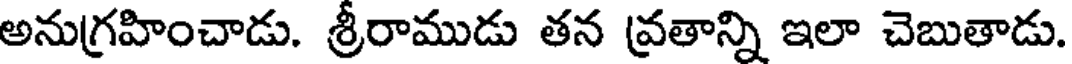
అనుగ్రహించాడు. శ్రీరాముడు తన వ్రతాన్ని ఇలా చెబుతాడు.